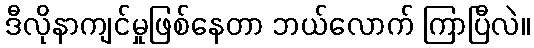
ဒီလိုနာကျင်မှုဖြစ်နေတာ ဘယ်လောက် ကြာပြီလဲ။